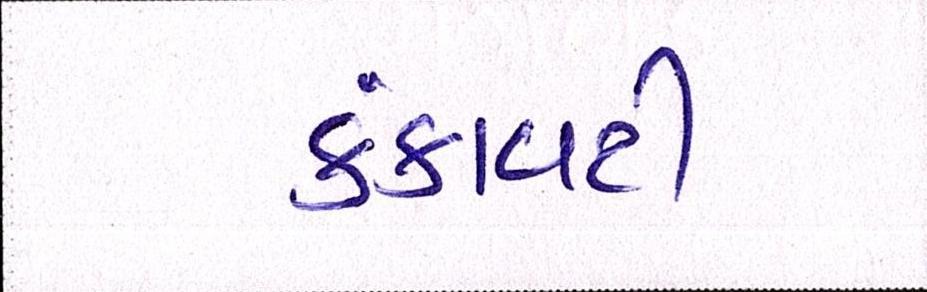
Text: કંકાવટી